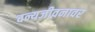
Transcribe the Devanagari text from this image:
वन्यजीवनावर